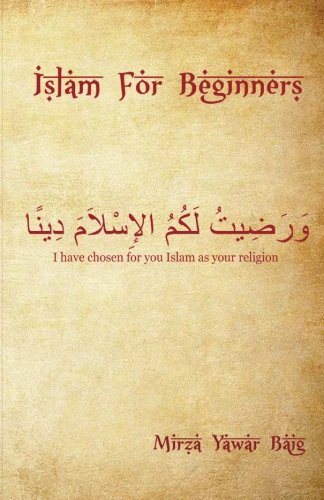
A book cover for Islam for Beginners: What you wanted to ask but didn't; Mirza Yawar Baig; Religion & Spirituality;